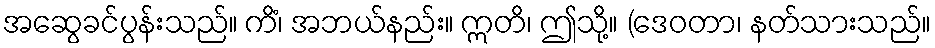
အဆွေခင်ပွန်းသည်။ ကိံ၊ အဘယ်နည်း။ ဣတိ၊ ဤသို့။ (ဒေဝတာ၊ နတ်သားသည်။